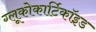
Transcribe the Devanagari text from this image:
ग्लूकोकार्टिकॉइड